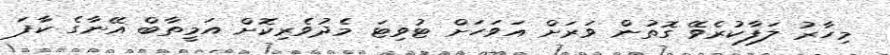
މިހާރު ލަފާކުރެވޭ ގޮތުން ވަރަށް އަވަހަށް ޓުވިޓަ މެދުވެރިކޮށް އަމީތާބް އޭނާގެ ކާފަ